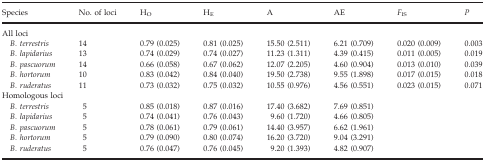
| Species | No. of loci | HO | HE | A | AE | FIS | P |
 | --- | --- | --- | --- | --- | --- | --- | --- |
 | <COLSPAN=8> All loci |
 | B. terrestris | 14 | 0.79 (0.025) | 0.81 (0.025) | 15.50 (2.511) | 6.21 (0.709) | 0.020 (0.009) | 0.003 |
 | B. lapidarius | 13 | 0.74 (0.029) | 0.74 (0.027) | 11.23 (1.311) | 4.39 (0.415) | 0.011 (0.005) | 0.019 |
 | B. pascuorum | 14 | 0.66 (0.058) | 0.67 (0.062) | 12.07 (2.205) | 4.60 (0.904) | 0.013 (0.010) | 0.039 |
 | B. hortorum | 10 | 0.83 (0.042) | 0.84 (0.040) | 19.50 (2.738) | 9.55 (1.898) | 0.017 (0.015) | 0.018 |
 | B. ruderatus | 11 | 0.73 (0.032) | 0.75 (0.032) | 10.55 (0.976) | 4.56 (0.551) | 0.023 (0.015) | 0.071 |
 | <COLSPAN=8> Homologous loci |
 | B. terrestris | 5 | 0.85 (0.018) | 0.87 (0.016) | 17.40 (3.682) | 7.69 (0.851) |  |  |
 | B. lapidarius | 5 | 0.74 (0.041) | 0.76 (0.043) | 9.60 (1.720) | 4.66 (0.805) |  |  |
 | B. pascuorum | 5 | 0.78 (0.061) | 0.79 (0.061) | 14.40 (3.957) | 6.62 (1.961) |  |  |
 | B. hortorum | 5 | 0.79 (0.090) | 0.80 (0.074) | 16.20 (3.720) | 9.04 (3.291) |  |  |
 | B. ruderatus | 5 | 0.76 (0.047) | 0.76 (0.045) | 9.20 (1.393) | 4.82 (0.907) |  |  |